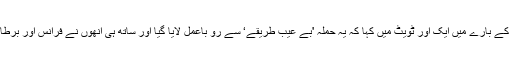
انھوں نے اس حملے کے بارے میں ایک اور ٹویٹ میں کہا کہ یہ حملہ 'بے عیب طریقے‘ سے رو باعمل لایا گیا اور ساتھ ہی انھوں نے فرانس اور برطانیہ کا شکریہ ادا کیا۔